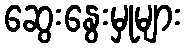
ဆွေးနွေးမှုများ